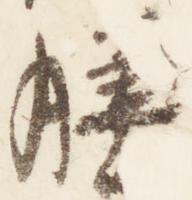
膳